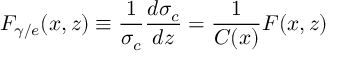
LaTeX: { \cal F } _ { \gamma / e } ( x , z ) \equiv \frac { 1 } { \sigma _ { c } } \frac { d \sigma _ { c } } { d z } = \frac { 1 } { C ( x ) } F ( x , z )